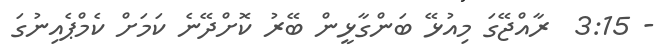
- 3:15  ރާއްޖޭގަ މިއުޅޭ ބަންގާޅީން ބޭރު ކޮށްދޭނެ ކަމަށް ކެމްޕެއިނުގަ